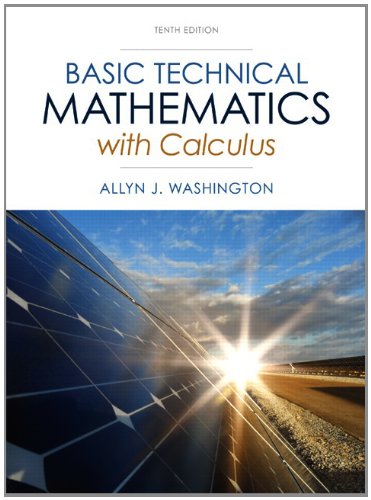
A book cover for Basic Technical Mathematics with Calculus (10th Edition); Allyn J. Washington; Computers & Technology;